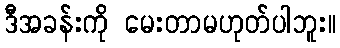
ဒီအခန်းကို မေးတာမဟုတ်ပါဘူး။